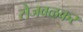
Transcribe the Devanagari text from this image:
सेजवळकर